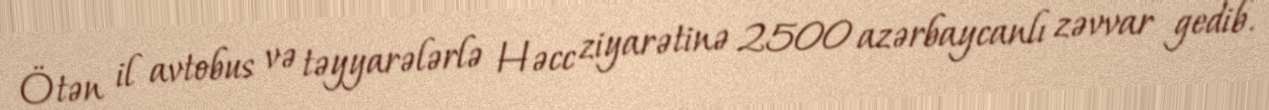
Ötən il avtobus və təyyarələrlə Həcc ziyarətinə 2500 azərbaycanlı zəvvar gedib.